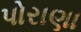
પોરાણા